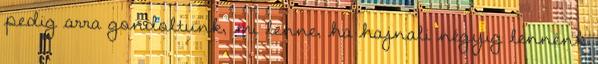
pedig arra gondoltunk, mi lenne, ha hajnali négyig lennénk